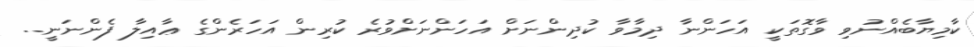
ކާމިޔާބެއްނުވި ވާގޮތަކީ އަހަންނާ ދިމާވާ ކުދިންނަށް އަހަންނަށްވުރެ ކުރިން އަހަރެންގެ ޢާއިލާ ފެންނަނީ..